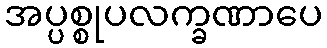
အပ္ပစ္စုပလက္ခဏာပေ